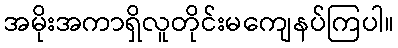
အမိုးအကာရှိလူတိုင်းမကျေနပ်ကြပါ။